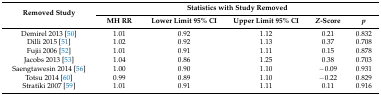
| <ROWSPAN=2> Removed Study | <COLSPAN=5> Statistics with Study Removed |
 | MH RR | Lower Limit 95% CI | Upper Limit 95% CI | Z-Score | p |
 | --- | --- | --- | --- | --- | --- |
 | Demirel 2013 [50] | 1.01 | 0.92 | 1.12 | 0.21 | 0.832 |
 | Dilli 2015 [51] | 1.02 | 0.92 | 1.13 | 0.37 | 0.708 |
 | Fujii 2006 [52] | 1.01 | 0.91 | 1.11 | 0.15 | 0.878 |
 | Jacobs 2013 [53] | 1.04 | 0.86 | 1.25 | 0.38 | 0.703 |
 | Saengtawesin 2014 [56] | 1.00 | 0.90 | 1.10 | −0.09 | 0.931 |
 | Totsu 2014 [60] | 0.99 | 0.89 | 1.10 | −0.22 | 0.829 |
 | Stratiki 2007 [59] | 1.01 | 0.91 | 1.11 | 0.11 | 0.916 |